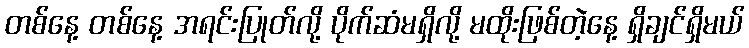
တစ်နေ့ တစ်နေ့ အရင်းပြုတ်လို့ ပိုက်ဆံမရှိလို့ မထိုးဖြစ်တဲ့နေ့ ရှိချင်ရှိမယ်